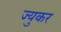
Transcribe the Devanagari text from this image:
ज्युकर